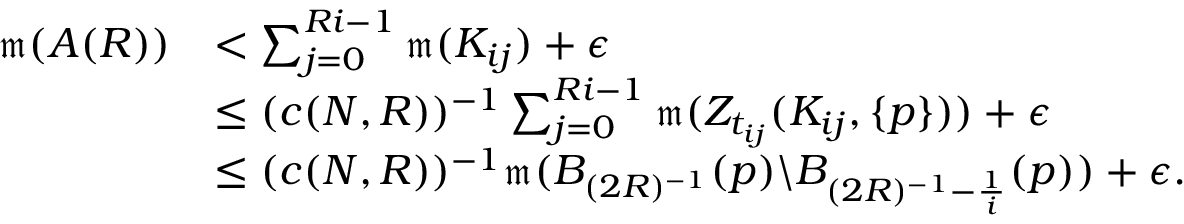
\begin{array} { r l } { \mathfrak { m } ( A ( R ) ) } & { < \sum _ { j = 0 } ^ { R i - 1 } \mathfrak { m } ( K _ { i j } ) + \epsilon } \\ & { \leq ( c ( N , R ) ) ^ { - 1 } \sum _ { j = 0 } ^ { R i - 1 } \mathfrak { m } ( Z _ { t _ { i j } } ( K _ { i j } , \{ p \} ) ) + \epsilon } \\ & { \leq ( c ( N , R ) ) ^ { - 1 } \mathfrak { m } ( B _ { ( 2 R ) ^ { - 1 } } ( p ) \backslash B _ { ( 2 R ) ^ { - 1 } - \frac { 1 } { i } } ( p ) ) + \epsilon . } \end{array}